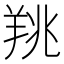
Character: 䍮